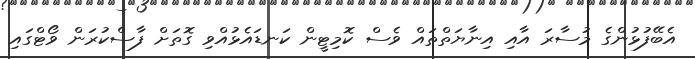
އެބޭފުޅުންގެ މުސާރަ އާއި އިނާޔަތްތައް ވެސް ކޮމިޓީން ކަނޑައެޅުއްވި ގޮތަށް ފާސްކުރަން ވޯޓްގައި